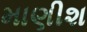
માણીશ